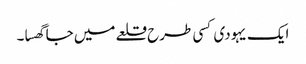
ایک یہودی کسی طرح قلعے میں جا گھسا۔